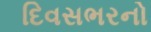
દિવસભરનો